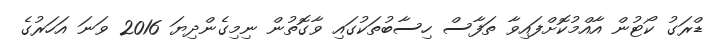
ޑްރަގު ކޯޓުން އާއްމުކޮށްފައިވާ ތަފާސް ހިސާބުތަކުގައި ވާގޮތުން ނިމިގެންދިޔަ 2016 ވަނަ އަހަރުގެ